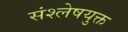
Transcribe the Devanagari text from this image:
संश्लेषयुक्त